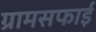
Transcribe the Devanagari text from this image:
ग्रामसफाई